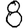
Digit: 8